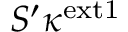
S ^ { \prime } \kappa ^ { \mathrm { e x t 1 } }